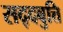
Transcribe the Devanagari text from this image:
सद्दबुत्ति